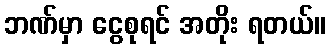
ဘဏ်မှာ ငွေစုရင် အတိုး ရတယ်။